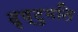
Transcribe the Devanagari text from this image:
दृष्टुमति